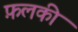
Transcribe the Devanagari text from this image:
फ़लकी